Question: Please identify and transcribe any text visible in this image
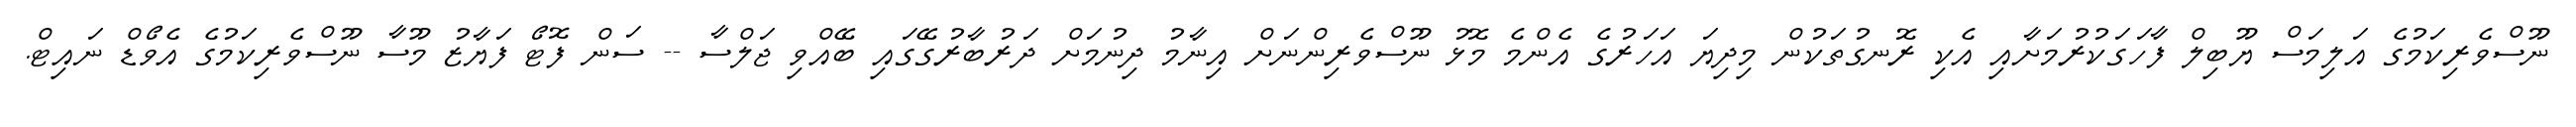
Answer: ނޫސްވެރިކަމުގެ އަލިމަސް ޔޫބިލް ފާހަގަކުރުމަށާއި އެކި ރޮނގުތަކުން މިދިޔަ އަހަރުގެ އެންމެ މޮޅު ނޫސްވެރިންނަށް އިނާމު ދިނުމަށް ދަރުބާރުގޭގައި ބޭއްވި ޖަލްސާ -- ސަން ފޮޓޯ ފަޔާޒު މޫސާ ނޫސްވެރިކަމުގެ އެވޯޑް ނައިޓް.